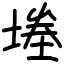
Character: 堘